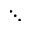
\ddots